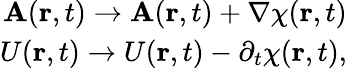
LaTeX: \begin{array}{r}{\textbf{A}(\textbf{r},t)\rightarrow\textbf{A}(\textbf{r},t)+\nabla\chi(\textbf{r},t)}\\ {U(\textbf{r},t)\rightarrow U(\textbf{r},t)-\partial_{t}\chi(\textbf{r},t),}\end{array}